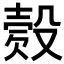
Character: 𣪳